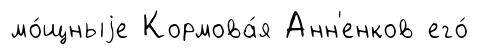
мо́щныjе Кормова́я Анн'енков его́